65_HS1-834228961_62-HQ-83894_Section_7
Agency: FBI
Page 155
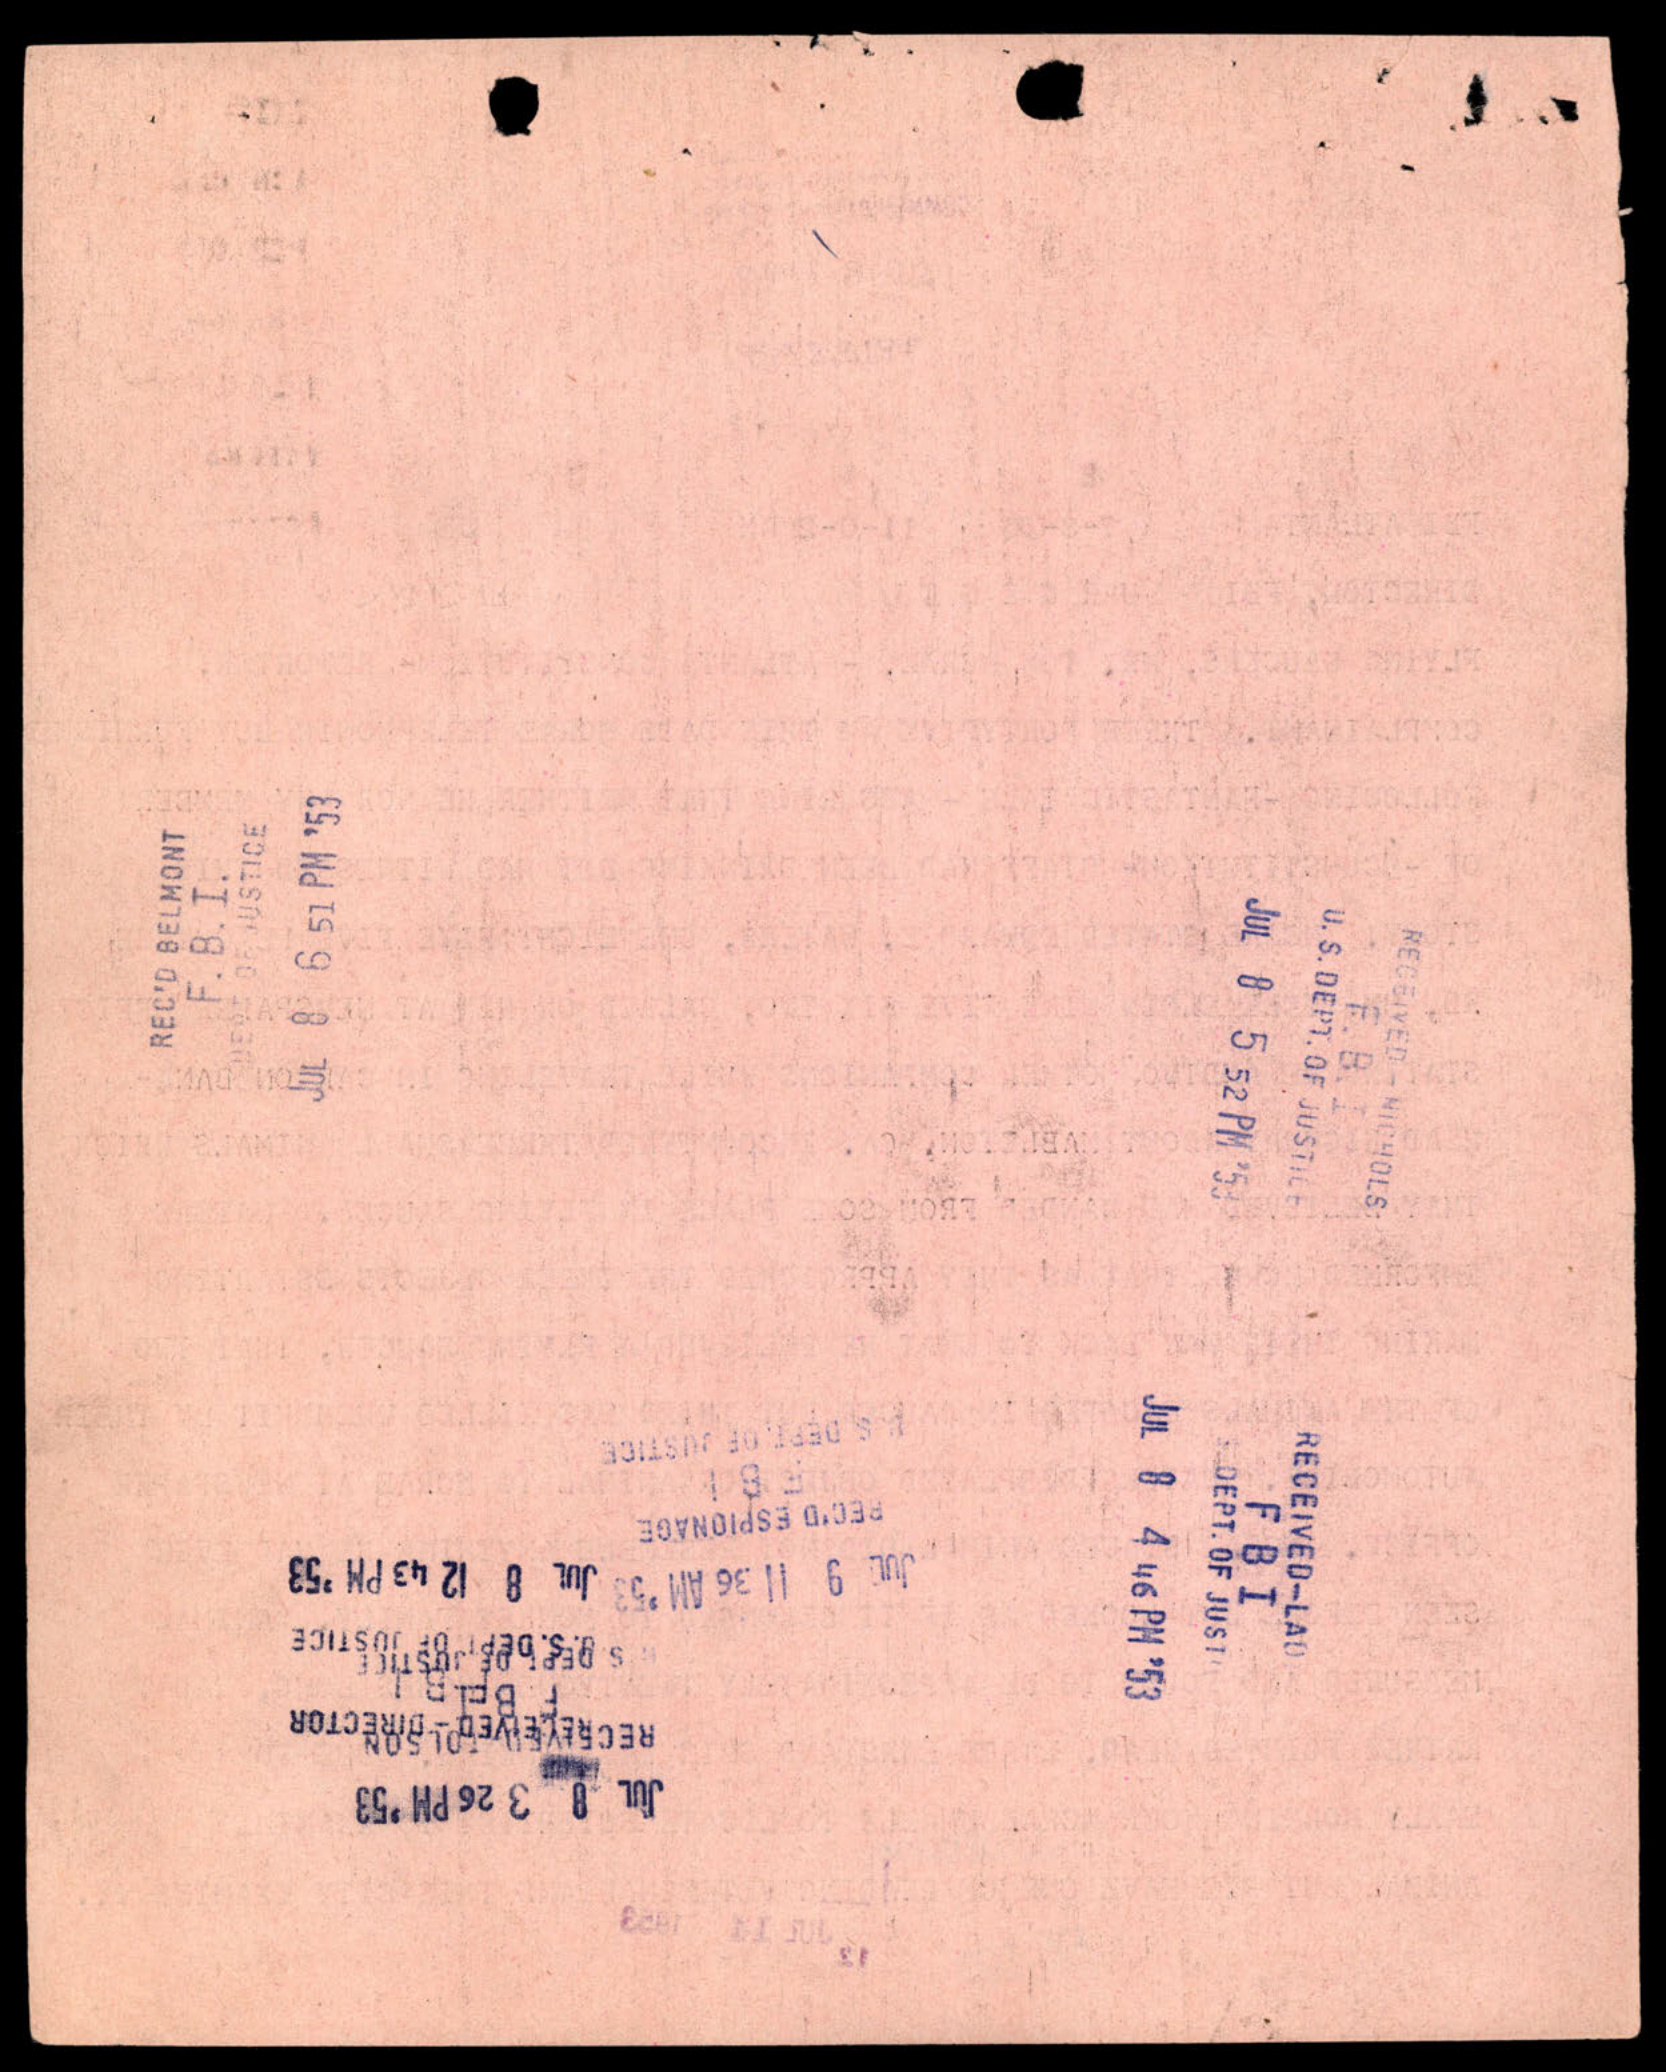